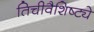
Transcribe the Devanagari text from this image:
तिचीवैशिष्ट्ये